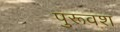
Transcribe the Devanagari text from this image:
पुरूवश